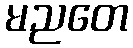
မညတေ